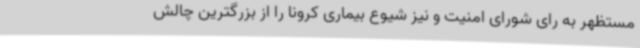
مستظهر به رای شورای امنیت و نیز شیوع بیماری کرونا را از بزرگترین چالش